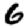
Digit: 6